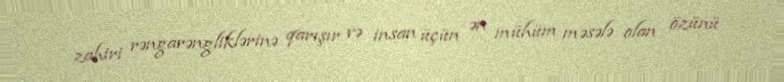
zahiri rəngarəngliklərinə qarışır və insan üçün ən mühüm məsələ olan özünü